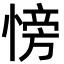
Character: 㥬